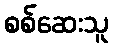
စစ်ဆေးသူ